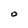
Character: O